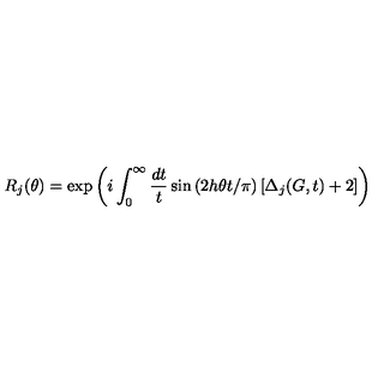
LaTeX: R _ { j } ( \theta ) = \exp \left( i \int _ { 0 } ^ { \infty } \frac { d t } { t } \sin \left( 2 h \theta t / \pi \right) \left[ \Delta _ { j } ( G , t ) + 2 \right] \right)